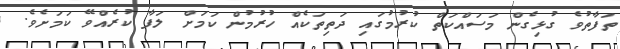
ތަފާތުވެ ގުޅިގެން މަސައްކަތް ކުރުމުގައި ދަތިތަކެއް ހުރުމުން ކަމަށް ލަފާ ކުރެއްވޭ ކަމަށެވެ.